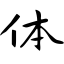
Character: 体